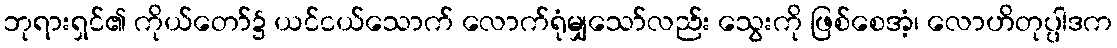
ဘုရားရှင်၏ ကိုယ်တော်၌ ယင်ငယ်သောက် လောက်ရုံမျှသော်လည်း သွေးကို ဖြစ်စေအံ့၊ လောဟိတုပ္ပါဒက